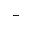
\vdash